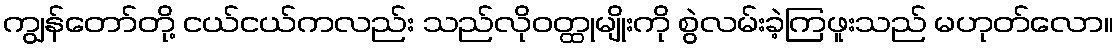
ကျွန်တော်တို့ ငယ်ငယ်ကလည်း သည်လိုဝတ္ထုမျိုးကို စွဲလမ်းခဲ့ကြဖူးသည် မဟုတ်လော။